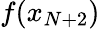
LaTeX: f(x_{N+2})